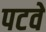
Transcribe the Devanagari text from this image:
पटवे